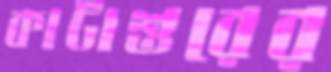
কাটাশুরের